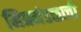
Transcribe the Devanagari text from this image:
मित्रमंडळाची